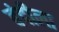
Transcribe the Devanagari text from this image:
बंदीला